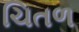
ચિતળ